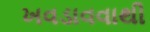
ખવડાવવાથી